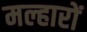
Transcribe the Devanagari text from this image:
मल्हारों